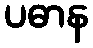
ပဓာန